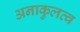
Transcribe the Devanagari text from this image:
अनाकुलत्व